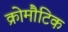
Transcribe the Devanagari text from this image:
क्रोमौटिक